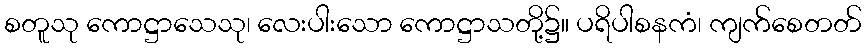
စတူသု ကောဋ္ဌာသေသု၊ လေးပါးသော ကောဋ္ဌာသတို့၌။ ပရိပါစနကံ၊ ကျက်စေတတ်